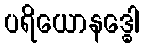
ပရိယောနဒ္ဓေါ